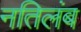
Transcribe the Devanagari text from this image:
नतिलंब